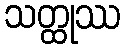
သတ္ထုဿ